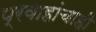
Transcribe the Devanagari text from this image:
प्रवाहांचाही